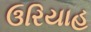
ઉરિયાહ